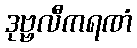
ဒုဗ္ဗလီကရဏံ